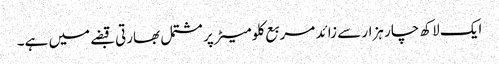
ایک لاکھ چار ہزار سے زائد مربع کلومیٹر پر مشتمل بھارتی قبضے میں ہے۔